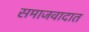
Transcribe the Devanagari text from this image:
समाजवादात